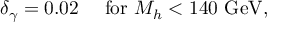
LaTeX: \delta _ { \gamma } = 0 . 0 2 \quad \mathrm { ~ f o r ~ } M _ { h } < 1 4 0 \mathrm { ~ G e V } ,